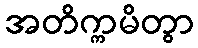
အတိက္ကမိတွာ